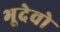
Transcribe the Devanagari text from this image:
भूदेवो